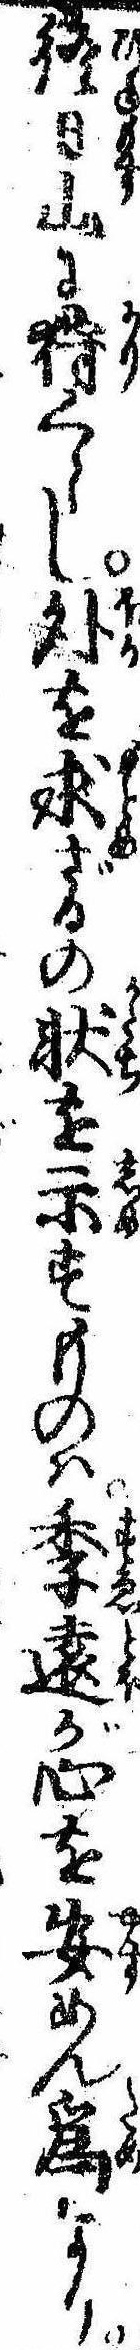
終日山に狩くらし外を求ざるの状を示すものは季遠が心を安めん為なり